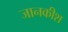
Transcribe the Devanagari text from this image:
जानकीश